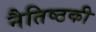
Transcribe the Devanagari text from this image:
नैतिष्ठकी